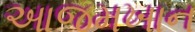
આજમખાન